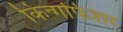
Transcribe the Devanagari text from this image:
किन्गफिशर